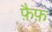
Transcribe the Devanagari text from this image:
फ़ैफ़